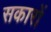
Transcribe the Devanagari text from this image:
सकारों